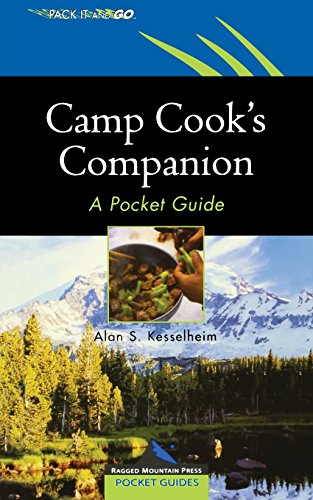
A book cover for Camp Cook's Companion : A Pocket Guide; Alan Kesselheim; Cookbooks, Food & Wine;